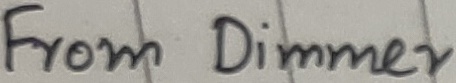
Text: From Dimmer